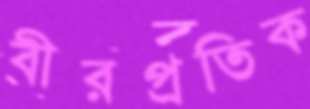
বীরপ্রতিক